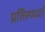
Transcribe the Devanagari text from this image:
प्रतिस्पर्ध्दा